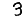
Digit: 3